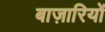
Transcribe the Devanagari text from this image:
बाज़ारियों